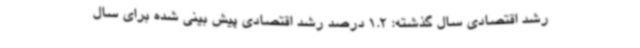
رشد اقتصادی سال گذشته: 1.2 درصد رشد اقتصادی پیش بینی شده برای سال